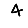
Digit: 4